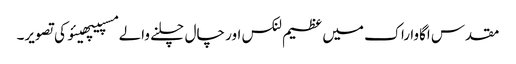
مقدس اگاوا راک میں عظیم لنکس اور چال چلنے والے مسپیپھیئو کی تصویر۔